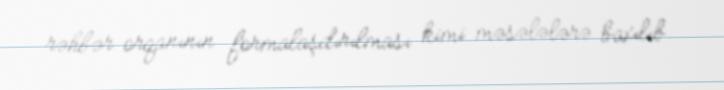
rəhbər orqanının formalaşdırılması kimi məsələlərə baxılıb.